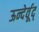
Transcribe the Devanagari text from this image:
ऊन्देर्वूद्